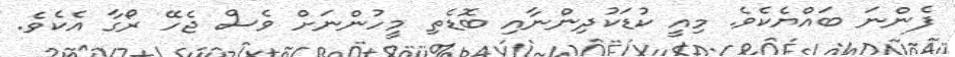
ފެންނަ ބައްޔެކެވެ. މިއީ ކުޑަކުދިންނާއި ބޮޑެތި މީހުންނަށް ވެސް ޖެހޭ ރޯގާ އެކެވެ.